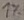
Text: 1%